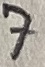
Text: 7